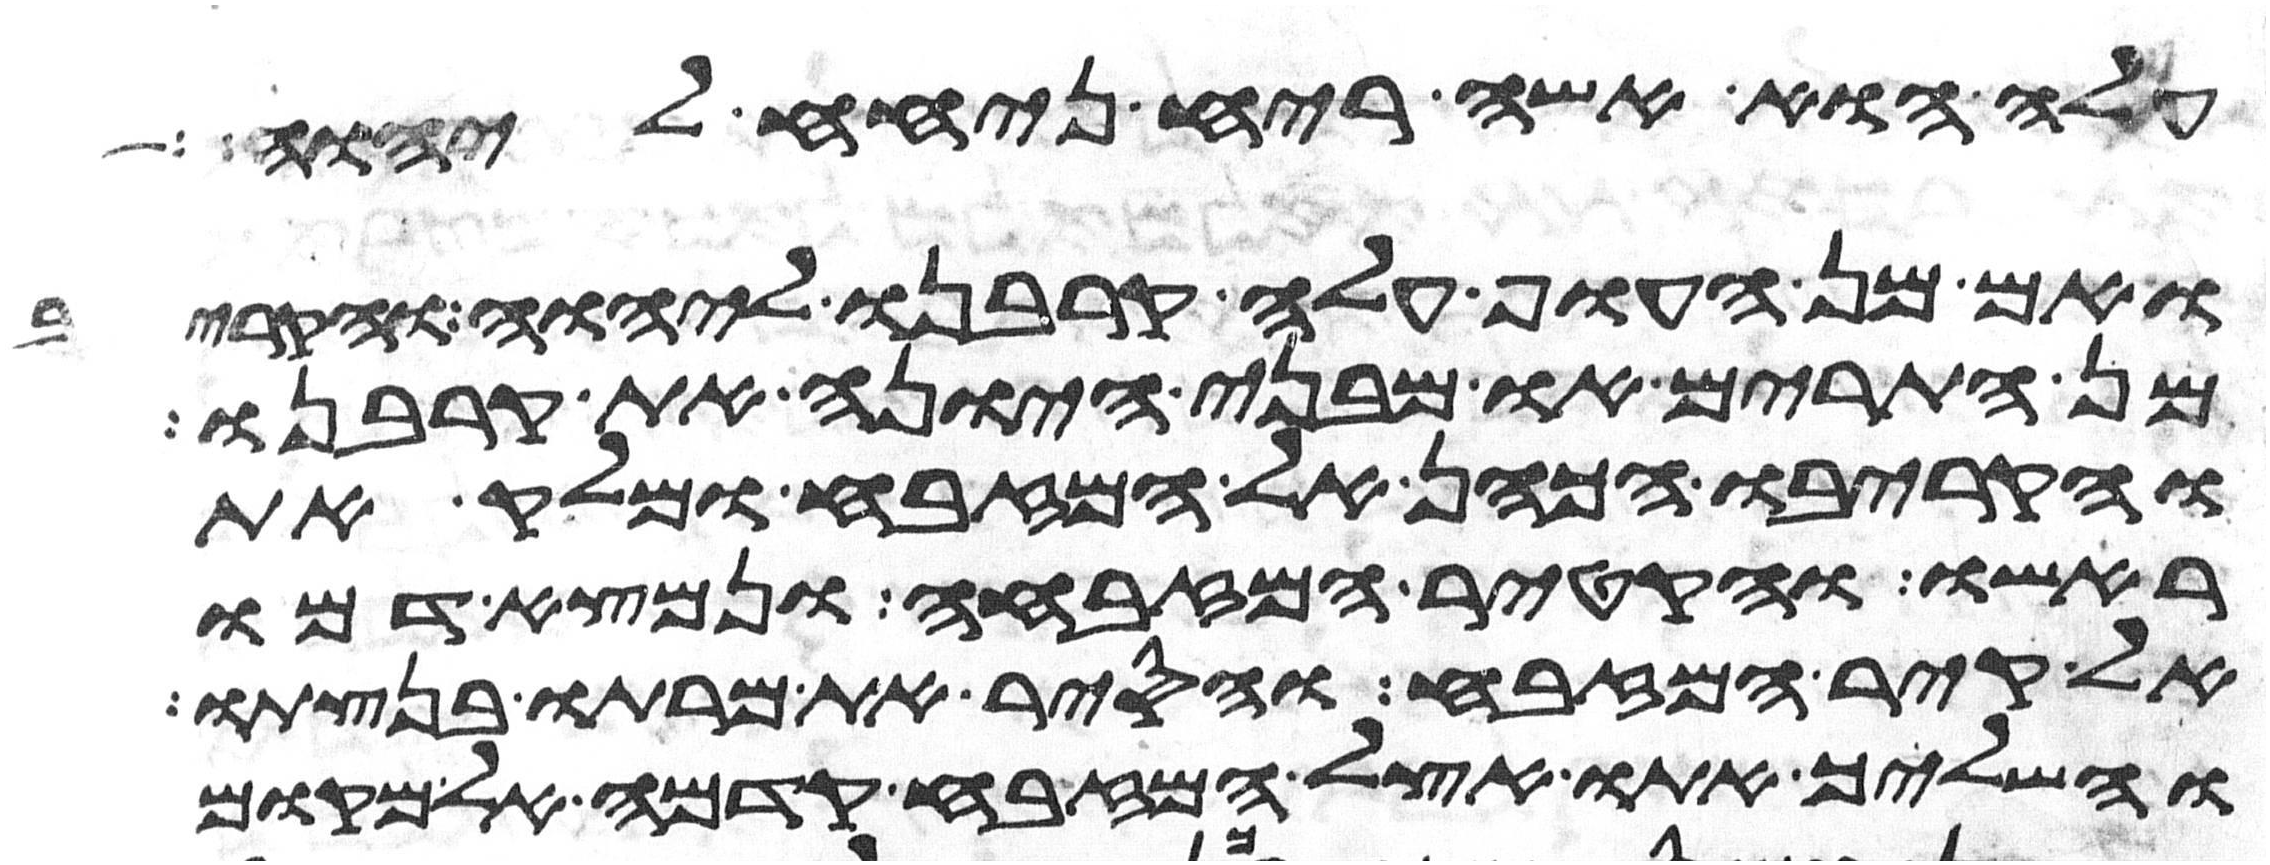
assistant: עלה הוא אשה ריח ניחח ליהוה
ואם מן העוף עלה קרבנו ליהוה והקריב
מן התרים או מבני היונה את קרבנו
והקריבו הכהן אל המזבח ומלק את
ראשו והקטיר המזבחה ונמצא דמו
אל קיר המזבח והסיר את מרתו בנצתו
והשליך אתו אצל המזבח קדמה אל מקום